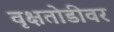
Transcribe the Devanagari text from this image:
वृक्षतोडीवर